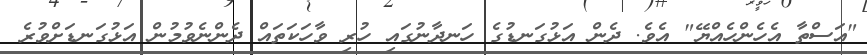
"އަސްތާ އެހެންހެއްޔޭ" އެވެ. ދެން އަޅުގަަނޑުގެ ހަނދާނުގައި ހުރި ވާހަކަތައް ދެންނެވުމުން އަޅުގަނޑަށްވުރެ